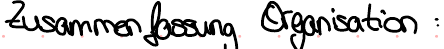
Zusammenfassung Organisation :